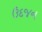
ઉદજન